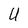
Character: U